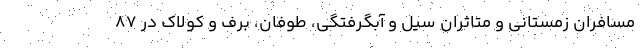
مسافران زمستانی و متاثران سیل و آبگرفتگی، طوفان، برف و کولاک در ٨٧